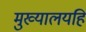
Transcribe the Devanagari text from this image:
मुख्यालयहि